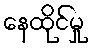
နေထိုင်မှု